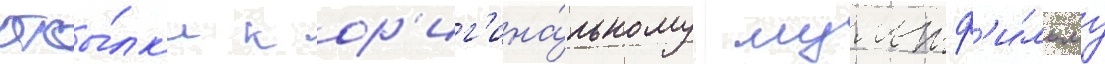
отсы́лк'и к ор'иг'ина́льному мультф'и́льму